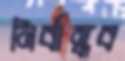
নির্বান্ধব